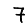
Digit: 7